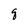
Character: q